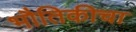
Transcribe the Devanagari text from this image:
भौतिकीचा